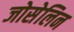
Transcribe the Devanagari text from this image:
जोसेलिन